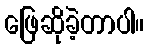
ဖြေဆိုခဲ့တာပါ။